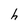
Character: h